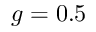
g = 0 . 5